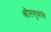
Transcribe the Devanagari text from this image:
श्रौतसुत्रांनी